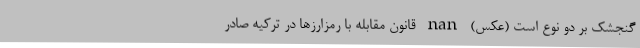
گنجشک بر دو نوع است (عکس) nan قانون مقابله با رمزارزها در ترکیه صادر